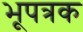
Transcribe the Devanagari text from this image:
भूपत्रक